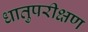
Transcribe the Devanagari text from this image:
धातुपरीक्षण